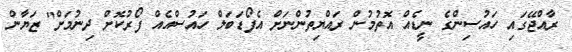
ރާއްޖޭގައި ހައުސިންގެ ނީޑެއް އޮތުމުން ރައްޔިތުންނަށް އެފޯޑަބަލް ހައުސްއެއް ފޯރުކޮށް ދިނުމަށް" ޒަޔާން